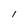
Character: l